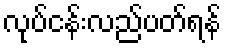
လုပ်ငန်းလည်ပတ်ရန်